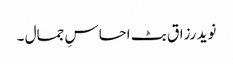
نوید رزاق بٹ احساسِ جمال ۔